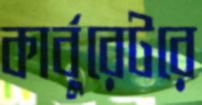
কার্বুরেটরে